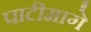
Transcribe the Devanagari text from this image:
पाटीमागे